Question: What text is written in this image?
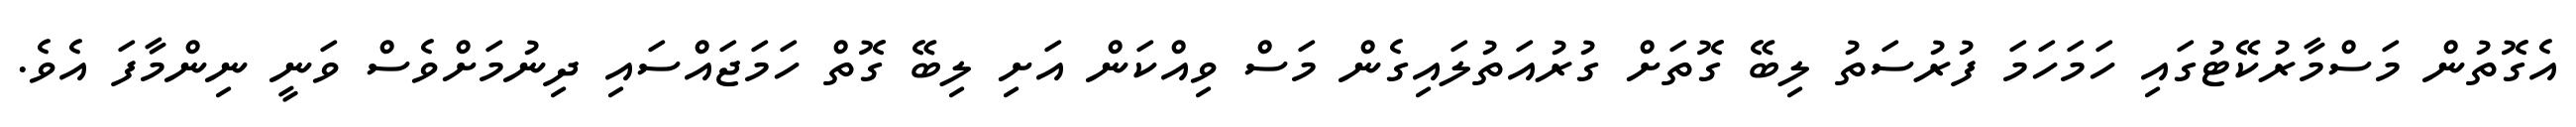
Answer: އެގޮތުން މަސްމާރުކޭޓުގައި ހަމަހަމަ ފުރުސަތު ލިބޭ ގޮތަށް ގުރުއަތުލައިގެން މަސް ވިއްކަން އަށި ލިބޭ ގޮތް ހަމަޖައްސައި ދިނުމަށްވެސް ވަނީ ނިންމާފަ އެވެ.